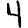
Digit: 4